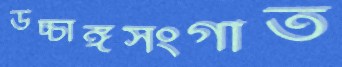
উচ্চাঙ্গসংগীত